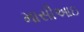
માસીઆઇ